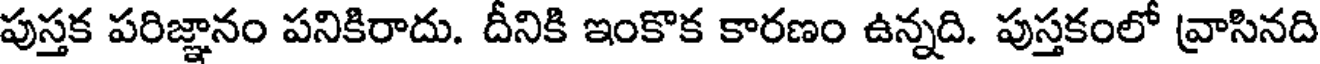
పుస్తక పరిజ్ఞానం పనికిరాదు. దీనికి ఇంకొక కారణం ఉన్నది. పుస్తకంలో వ్రాసినది